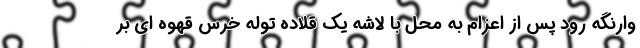
وارنگه رود پس از اعزام به محل با لاشه یک قلاده توله خرس قهوه ای بر